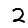
Digit: 2